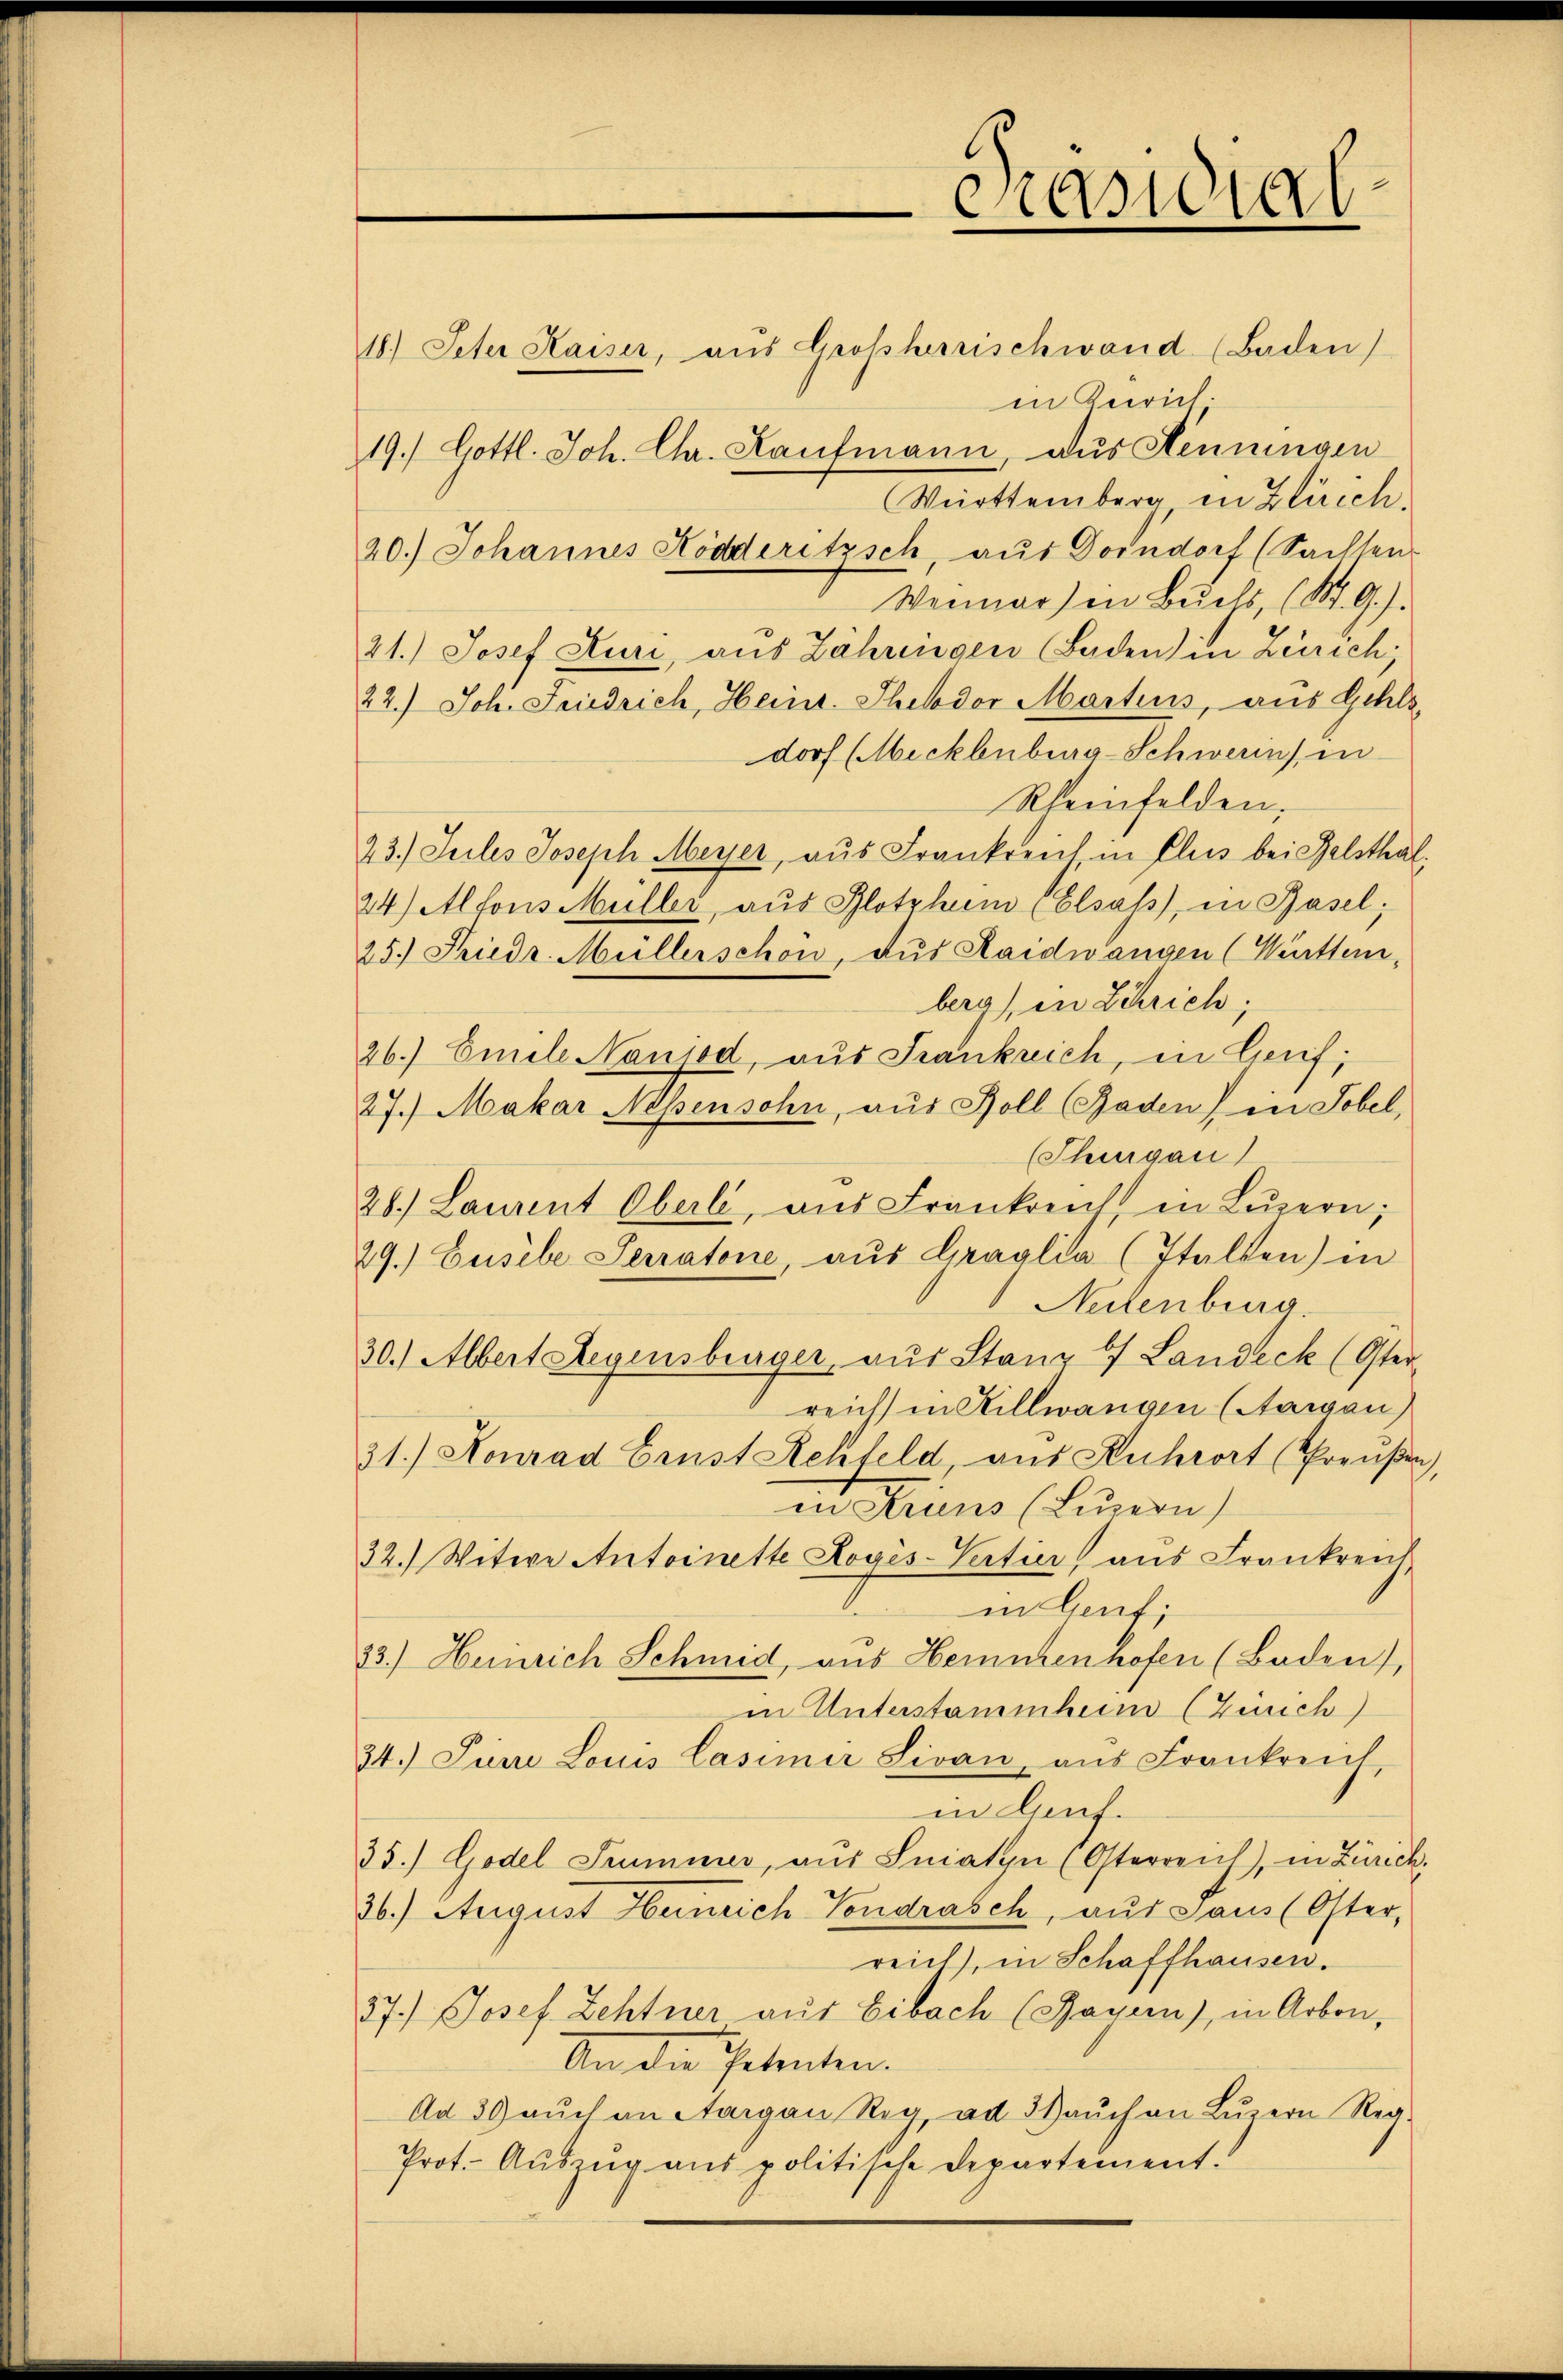
.

18.) Peter Kaiser, aus Großherrischwand (Baden)
in Zürich.
19.) Gottl. Joh. Ch. Kaufmann, aus Hennungen
Württemberg in Zürich,
20.) Johannes Ködderitzsch, aus Dorndorf (Sachten
Wenner) in Buchs (St. G.).
21.) Josef Muri, aus Zähringen Baden in Zürich,
22.) Joh. Friedrich, Heinr. Thebdor Martins, aus Gehls,
dorf (Mecklenburg-Schweren in
Rheinfelden.
23.) Seiles Joseph Meyer, aus Frankreich in Elus bei Gelsthal,
24) Alfons Müller, aus Plotzhum (Elsass, in Basel;
25.) Friedr. Müllerschön, aus Raidwangen (Württem
bera, in Schrich;
26.) Emele Nanjod, aus Frankreich, in Genf;
27.) Makar Nebensohn, aus Boll (Raden) in Tobel,
(Thurgau)
28.) Laurent Oberli, aus Frankreich in Leŭern;
29.) Gusibe Serratone, aŭs Graglia (stalten) in
Netenburg.
30.) Albert Regensberger, aus Stanz 7 Landeck (Oster-
reich in Hillwangen (Aarau
21.) Konrad Brust Rehfeld, aus Ruhrort (Preußen,
in Krins (Lunon)
22.) Witwe Antoinette Logis-Vertier aus Frankreich
in Genf;
33.) Heinrich Schmid, aus Hemmenhofen (Baden),
in Unterstammheim (Zürich)
34. Juni Louis Casimir Sivan, aus Frankreich,
in Genf.
35.) Godel Trummer, aŭs Iniatyn (Osterreich, in Zürich,
26.) August Henrich Vendrasch, aus Saus (Oster,
reich, in Schaffhausen.
27.) Josef Zehtner aus Eibach (Bayern), in Arbon,
An die Petenten.
Ad 39 aŭch an Aargau Reg, ad 3 Haŭch an Lŭzern Reg-
Prot. - Auszug aus politische Departement.

esa